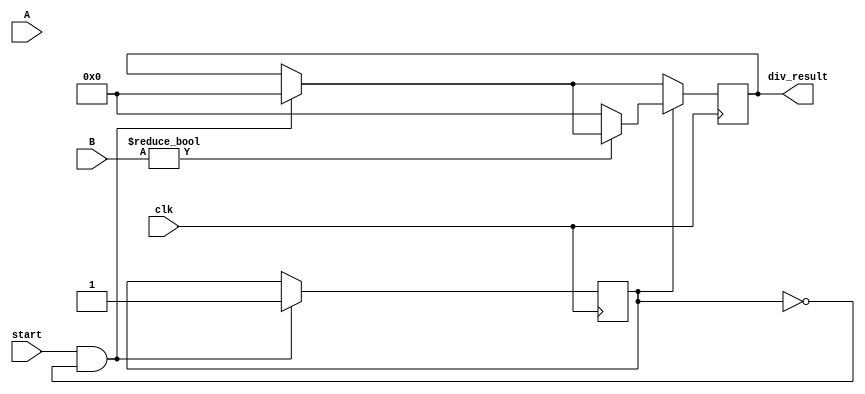
module div(
    input wire clk,
    input wire start,
    input wire [31:0] A,                    // Dividend
    input wire [31:0] B,                    // Divisor
    output wire [63:0] div_result           // Bottom 32-bits will be Quotient, Top 32-bits will be remainder 
);

reg [31:0] quotient, remainder, tempA, tempB, tempC;
reg [4:0] counter;
reg [1:0] neg_flag;
reg [0:0] active;
reg [0:0] check;

always @(posedge clk) begin

    if (start && !active) begin
        quotient <= 0;
        remainder <= 0;
        neg_flag <= 0;
        active <= 1;
        counter <= 0;
        tempA <= A; // Q
        tempB <= B; // M
        tempC <= ~B + 1; // -M
        div_result <= 64'd0; // clear div_result
        check <= 0;
    end
    
    if (active) begin
        if (B != 0) begin
            if (!check) begin
                // Check A for negative
                if (tempA[31] == 1) begin 
                    tempA <= ~A + 1;
                    neg_flag <= neg_flag + 1;
                end

                //Check B for negative
                if (tempB[31] == 1) begin
                    tempB <= ~B + 1;
                    tempC <= B;
                    neg_flag <= neg_flag + 1;
                end 
                check <= 1;
            end

            if (counter < 32) begin
                // Shift A into remainder
                remainder <= {remainder[30:0], tempA[31]};
                tempA <= tempA << 1;

                // Subtract (add the 2's complement)
                tempA <= tempA + tempC;

                if (remainder[31] == 1) begin
                    // Set q0 to 0
                    tempA[0] <= 0;
                    // Restore
                    remainder <= remainder + tempB;
                end
                else begin
                    // Set q0 to 1
                    tempA[0] <= 1;
                end
                
                // Set Quotient
                quotient <= tempA;
                
                // Increment Counter
                counter <= counter + 1;
            end

            if (counter == 32) begin
                // Check neg_flag after division
                if (neg_flag == 1) begin
                    quotient <= ~quotient + 1;
                end
                // Concatinate quotient and remainder into one 64-bit output
                div_result <= {quotient, remainder};
            end 
        end 
        else begin
            // Handle division by sending error
            div_result <= 64'h0000000000000000;
        end
    end
end

initial begin
    active = 0;
end

endmodule